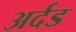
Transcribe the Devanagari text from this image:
अर्दड